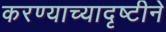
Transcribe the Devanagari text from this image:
करण्याच्यादृष्टीने